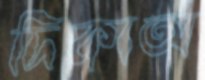
দিকাঅ